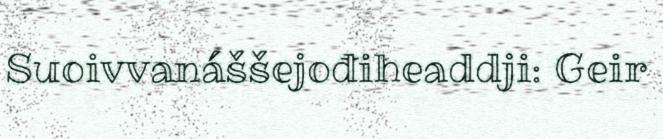
Suoivvanáššejođiheaddji: Geir